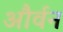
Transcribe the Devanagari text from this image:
और्वन